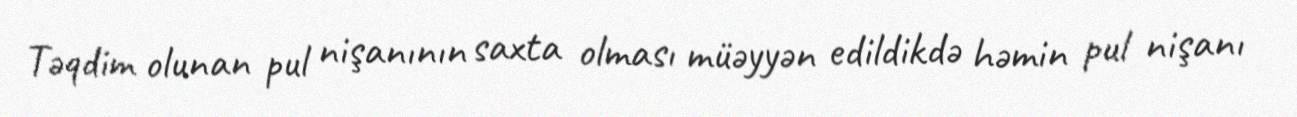
Təqdim olunan pul nişanının saxta olması müəyyən edildikdə həmin pul nişanı